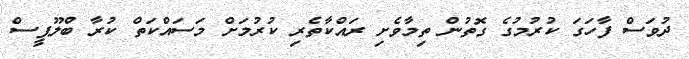
ދުވަސް ފާހަގަ ކުރުމުގެ ގޮތުން ތިމާވެށި ރައްކާތެރި ކުރުމަށް މަސައްކަތް ކުރާ ބްލޫޕީސް